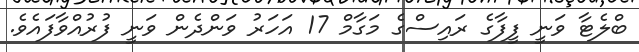
ބްލެޓާ ވަނީ ފީފާގެ ރައިސްގެ މަގާމް 17 އަހަރު ވަންދެން ވަނީ ފުރުއްވާފައެވެ.